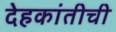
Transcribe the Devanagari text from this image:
देहकांतीची